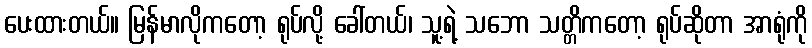
ပေးထားတယ်။ မြန်မာလိုကတော့ ရုပ်လို့ ခေါ်တယ်၊ သူ့ရဲ့ သဘော သတ္တိကတော့ ရုပ်ဆိုတာ အာရုံကို